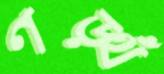
ণড়্থঁ